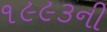
૧૯૯૩ની